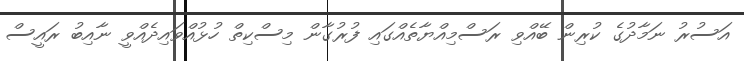
އަސުރު ނަމާދުގެ ކުރިން ބޭއްވި ރަސްމިއްޔާތެއްގައި ފުރުގާން މިސްކިތް ހުޅުއްވައިދެއްވީ ނާއިބު ރައީސް